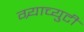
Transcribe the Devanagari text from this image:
ग्र्याच्युटी